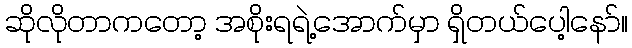
ဆိုလိုတာကတော့ အစိုးရရဲ့အောက်မှာ ရှိတယ်ပေါ့နော်။